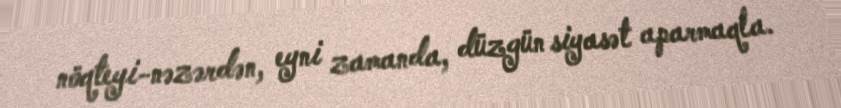
nöqteyi-nəzərdən, eyni zamanda, düzgün siyasət aparmaqla.